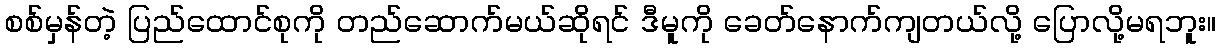
စစ်မှန်တဲ့ ပြည်ထောင်စုကို တည်ဆောက်မယ်ဆိုရင် ဒီမူကို ခေတ်နောက်ကျတယ်လို့ ပြောလို့မရဘူး။